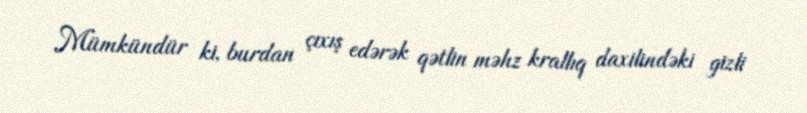
Mümkündür ki, burdan çıxış edərək qətlin məhz krallıq daxilindəki gizli